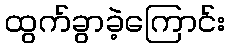
ထွက်ခွာခဲ့ကြောင်း